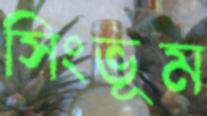
সিংভূম